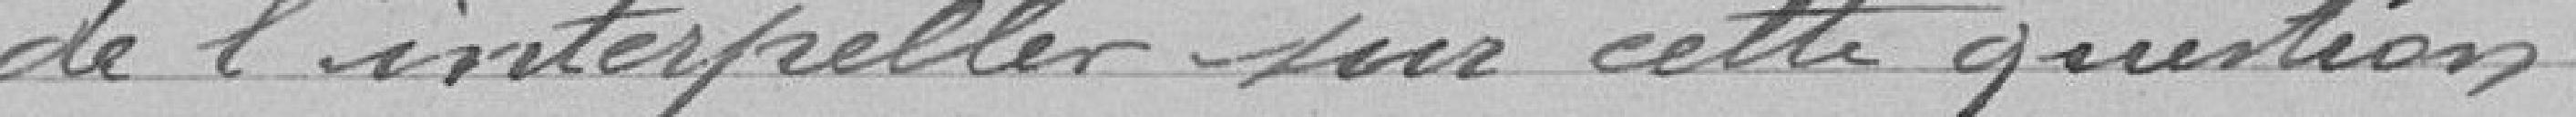
de l'interpeller sur cette question.